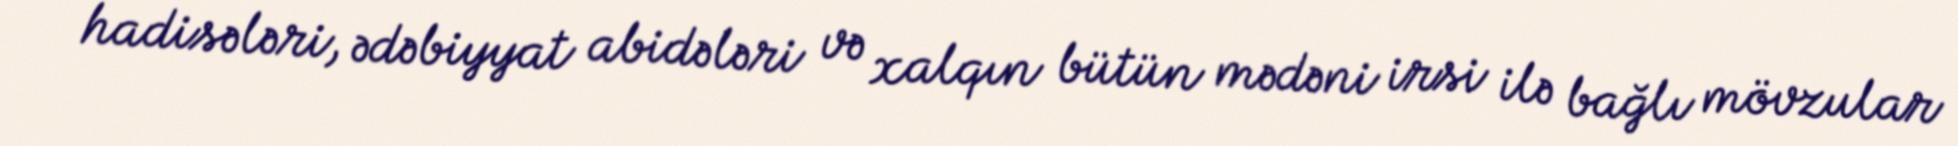
hadisələri, ədəbiyyat abidələri və xalqın bütün mədəni irsi ilə bağlı mövzular